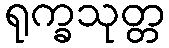
ရုက္ခသုတ္တ